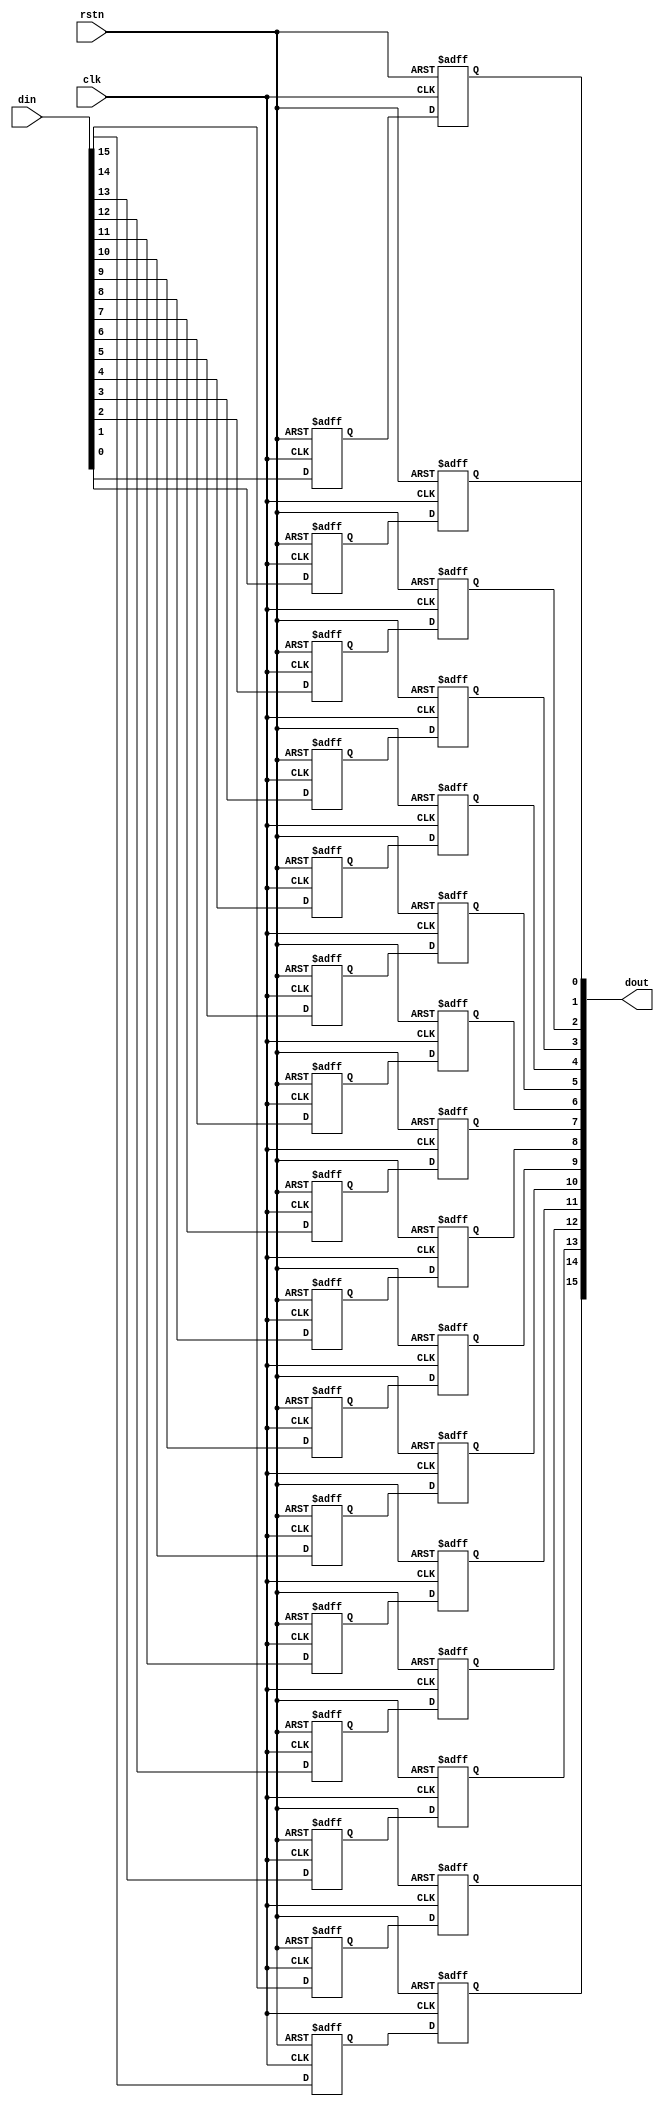
// --------------------------------------------------------------------
// Copyright (c) 2023 by JLSemi Inc.
// --------------------------------------------------------------------
//
//                     JLSemi
//                     Shanghai, China
//                     Name : Zhiling Guo
//
// --------------------------------------------------------------------
// --------------------------------------------------------------------
//  Revision History:1.0
//  Date          By            Revision    Change Description
//---------------------------------------------------------------------
//  2024-05-14    zlguo         1.0         synchronizer
// --------------------------------------------------------------------
// --------------------------------------------------------------------
`timescale 1ns/1ns
module synchronizer
#(
    parameter DATA_WIDTH = 16,
    parameter INIT_VALUE = {DATA_WIDTH{1'b0}}
)
(
    input   wire                        clk,
    input   wire                        rstn,
    input   wire    [DATA_WIDTH-1:0]    din,
    output  wire    [DATA_WIDTH-1:0]    dout

);
    genvar i;
    generate
        for (i=0; i<DATA_WIDTH; i=i+1) begin: SYNC_CELL

            `ifdef TSMC28HPC_PROCESS
                
            `elsif FPGA

                reg din_ff1;
                reg din_ff2;

                always @(posedge clk or negedge rstn) begin
                    if (!rstn) begin
                        din_ff1 <= 1'b0;
                        din_ff2 <= 1'b0;
                    end
                    else begin
                        din_ff1 <= din[i];
                        din_ff2 <= din_ff1;
                    end
                end

                assign dout[i] = din_ff2;

            `else

                reg din_ff1;
                reg din_ff2;

                always @(posedge clk or negedge rstn) begin
                    if (!rstn) begin
                        din_ff1 <= 1'b0;
                        din_ff2 <= 1'b0;
                    end
                    else begin
                        din_ff1 <= din[i];
                        din_ff2 <= din_ff1;
                    end
                end

                assign dout[i] = din_ff2;

            `endif

        end
    endgenerate

endmodule